Indian journal of veterinary science and animal husbandry - Volume 1,
Year: 1931
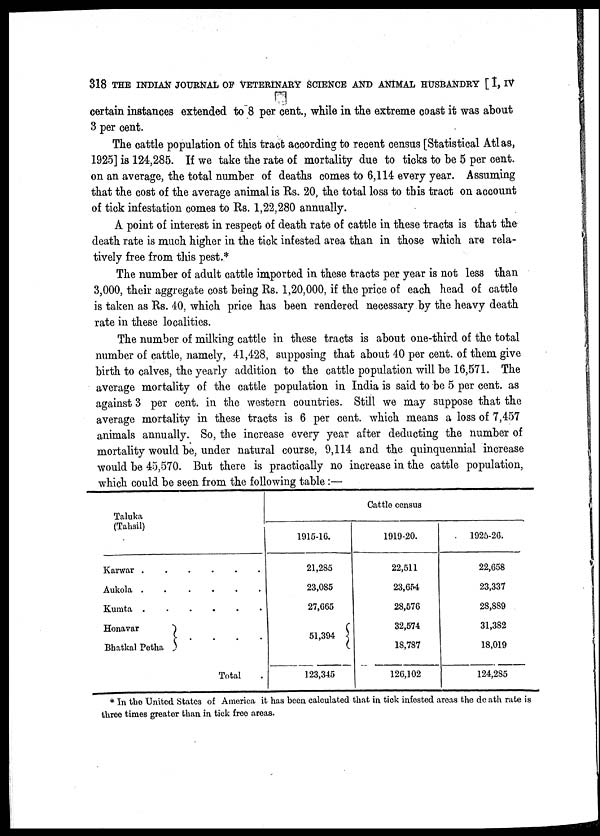
318 THE INDIAN JOURNAL OF VETERINARY SCIENCE AND ANIMAL HUSBANDRY [ I, IV
certain instances extended to 8 per cent., while in the extreme coast it was about
3 per cent.
The cattle population of this tract according to recent census [Statistical Atlas,
1925] is 124,285. If we take the rate of mortality due to ticks to be 5 per cent.
on an average, the total number of deaths comes to 6,114 every year. Assuming
that the cost of the average animal is Rs. 20, the total loss to this tract on account
of tick infestation comes to Rs. 1,22,280 annually.
A point of interest in respect of death rate of cattle in these tracts is that the
death rate is much higher in the tick infested area than in those which are rela-
tively free from this pest.*
The number of adult cattle imported in these tracts per year is not less than
3,000, their aggregate cost being Rs. 1,20,000, if the price of each head of cattle
is taken as Rs. 40, which price has been rendered necessary by the heavy death
rate in these localities.
The number of milking cattle in these tracts is about one-third of the total
number of cattle, namely, 41,428, supposing that about 40 per cent. of them give
birth to calves, the yearly addition to the cattle population will be 16,571. The
average mortality of the cattle population in India is said to be 5 per cent. as
against 3 per cent. in the western countries. Still we may suppose that the
average mortality in these tracts is 6 per cent. which means a loss of 7,457
animals annually. So, the increase every year after deducting the number of
mortality would be, under natural course, 9,114 and the quinquennial increase
would be 45,570. But there is practically no increase in the cattle population,
which could be seen from the following table :—
Taluka
(Tahsil)
Karwar
Aukola .
....
Kumta
Honavar
}
Bhatkal Petha
Total
1915-16.
21,285
23,085
27,665
51,394 {
123,345
Cattle census
1919-20.
22,511
23,654
28,576
32,574
18,787
126,102
1925-26.
22,658
23,337
28,889
31,382
18,019
124.285
* In the United States of America it has been calculated that in tick infested areas the death rate is
three times greater than in tick free areas.